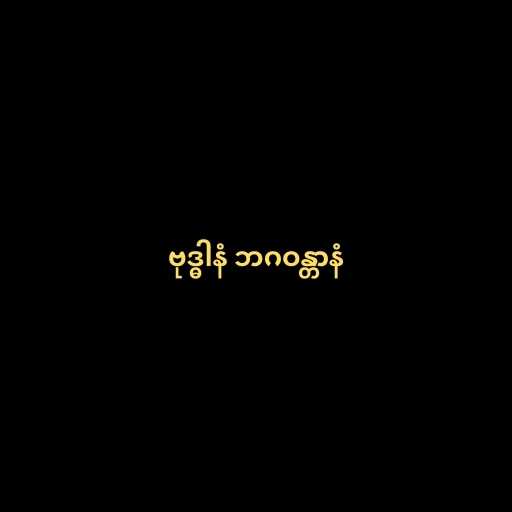
ဗုဒ္ဓါနံ ဘဂဝန္တာနံ